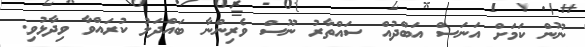
ނޫން ކަމަށް އަނަސް އަބްދުއް ސައްތާރު ނޫސް ވެރިންނާ ބައްދަލު ކުރައްވާ ވިދާޅުވި.